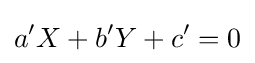
a'X+b'Y+c'=0